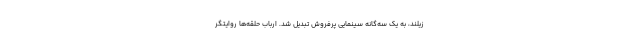
زیلند، به یک سه‌گانه سینمایی پرفروش تبدیل شد. ارباب حلقه‌ها روایتگر